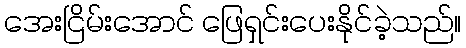
အေးငြိမ်းအောင် ဖြေရှင်းပေးနိုင်ခဲ့သည်။